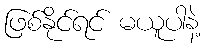
ဖြစ်နိုင်ရင် မယူပါနဲ့